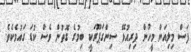
ފަސް މިލިއަން މީހުން ދިރިއުޅޭ ސިންގަޕޫރަކީ ބިމުގެ ގޮތުން ވެސް ކުޑަ ގައުމެކެވެ.